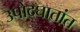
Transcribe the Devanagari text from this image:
उपोद्‌घा्तांत